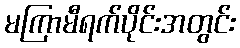
မကြာမီရက်ပိုင်းအတွင်း